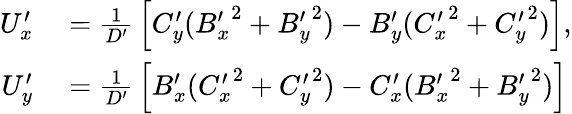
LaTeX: \begin{array}{rl}{U_{x}^{\prime}}&{{}={\frac{1}{D^{\prime}}}\left[C_{y}^{\prime}({B_{x}^{\prime}}^{2}+{B_{y}^{\prime}}^{2})-B_{y}^{\prime}({C_{x}^{\prime}}^{2}+{C_{y}^{\prime}}^{2})\right],}\\ {U_{y}^{\prime}}&{{}={\frac{1}{D^{\prime}}}\left[B_{x}^{\prime}({C_{x}^{\prime}}^{2}+{C_{y}^{\prime}}^{2})-C_{x}^{\prime}({B_{x}^{\prime}}^{2}+{B_{y}^{\prime}}^{2})\right]}\end{array}